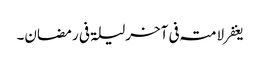
یغفر لامتہ فی آخرلیلۃ فی رمضان۔